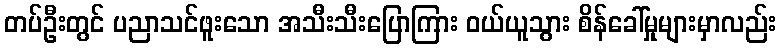
တပ်ဦးတွင် ပညာသင်ဖူးသော အသီးသီးပြောကြား ဝယ်ယူသွား စိန်ခေါ်မှုများမှာလည်း